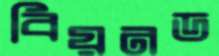
বিয়নড